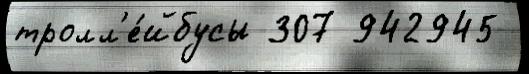
тролл'е́йбусы 307 942945